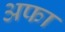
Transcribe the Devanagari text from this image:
अफा